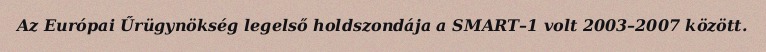
Az Európai Űrügynökség legelső holdszondája a SMART–1 volt 2003–2007 között.